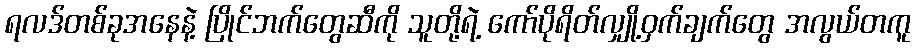
ရလဒ်တစ်ခုအနေနဲ့ ပြိုင်ဘက်တွေဆီကို သူတို့ရဲ့ ကော်ပိုရိတ်လျှို့ဝှက်ချက်တွေ အလွယ်တကူ